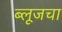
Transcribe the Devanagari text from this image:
ब्लूजचा